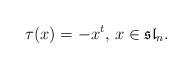
LaTeX: \begin{align*}\tau(x)=-x^t,\, x\in \mathfrak{sl}_n.\end{align*}